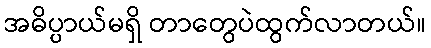
အဓိပ္ပာယ်မရှိ တာတွေပဲထွက်လာတယ်။